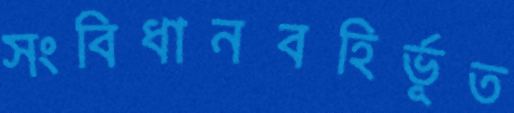
সংবিধানবহির্ভূত